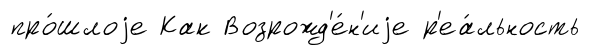
про́шлоjе Как Возрожд'е́н'иjе р'еа́льность